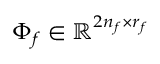
\Phi _ { f } \in \mathbb { R } ^ { 2 n _ { f } \times r _ { f } }